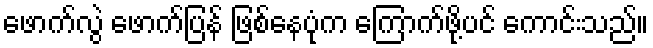
ဖောက်လွဲ ဖောက်ပြန် ဖြစ်နေပုံက ကြောက်ဖို့ပင် ကောင်းသည်။